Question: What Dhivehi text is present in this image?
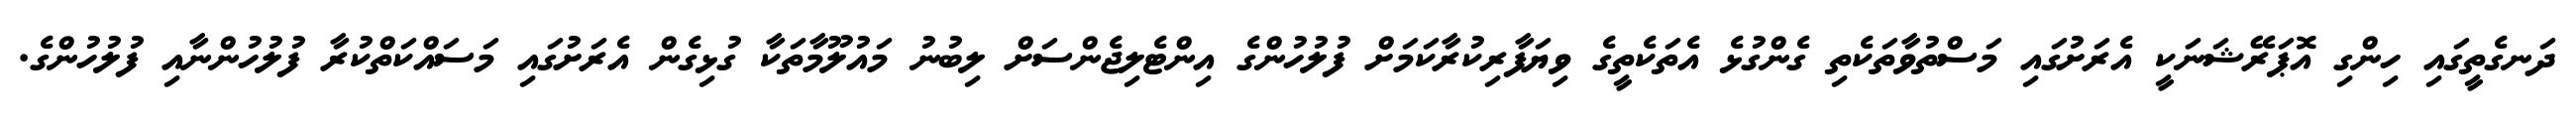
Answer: ދަނގެތީގައި ހިންގި އޮޕަރޭޝަނަކީ އެރަށުގައި މަސްތުވާތަކެތި ގެންގުޅެ އެތަކެތީގެ ވިޔަފާރިކުރާކަމަށް ފުލުހުންގެ އިންޓެލިޖެންސަށް ލިބުނު މައުލޫމާތަކާ ގުޅިގެން އެރަށުގައި މަސައްކަތްކުރާ ފުލުހުންނާއި ފުލުހުންގެ.